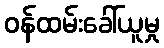
ဝန်ထမ်းခေါ်ယူမှု